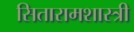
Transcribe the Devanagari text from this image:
सितारामशास्त्री